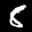
Label: 8